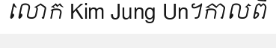
លោក Kim Jung Un។កាលពី